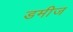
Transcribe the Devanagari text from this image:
डमीज